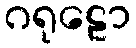
ဂရုဠော